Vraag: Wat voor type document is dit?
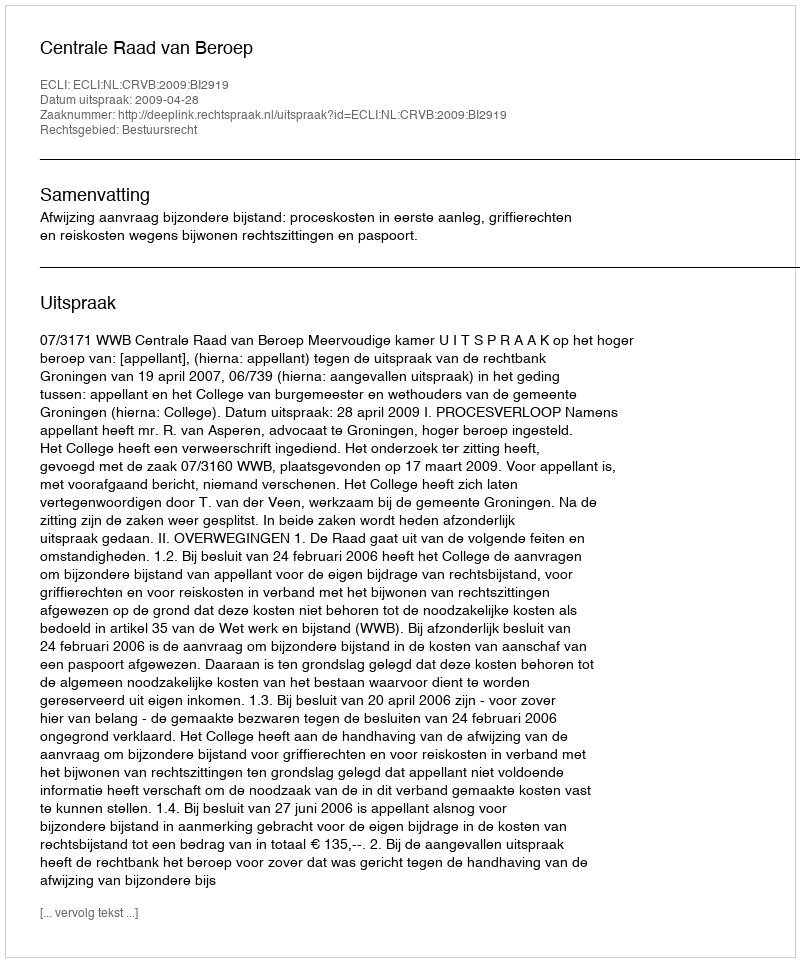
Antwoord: Uitspraak